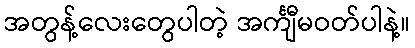
အတွန့်လေးတွေပါတဲ့ အင်္ကျီမဝတ်ပါနဲ့။